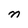
Character: n